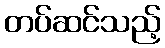
တပ်ဆင်သည့်